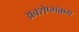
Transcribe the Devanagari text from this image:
अवशेष्भक्कम